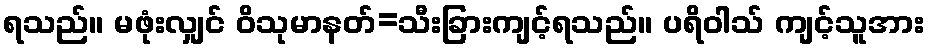
ရသည်။ မဖုံးလျှင် ဝိသုမာနတ်=သီးခြားကျင့်ရသည်။ ပရိဝါသ် ကျင့်သူအား